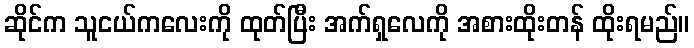
ဆိုင်က သူငယ်ကလေးကို ထုတ်ပြီး အက်ရှလေကို အစားထိုးတန် ထိုးရမည်။